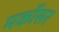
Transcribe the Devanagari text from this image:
मर्कोसर